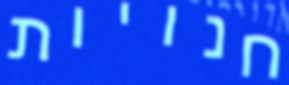
חנויות